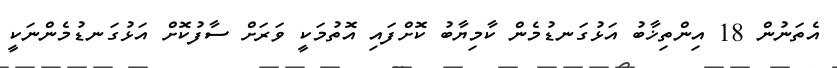
އެތަނުން 18 އިންތިޚާބު އަޅުގަނޑުމެން ކާމިޔާބު ކޮށްފައި އޮތުމަކީ ވަރަށް ސާފުކޮށް އަޅުގަނޑުމެންނަކީ